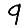
Digit: 9